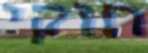
חוקי